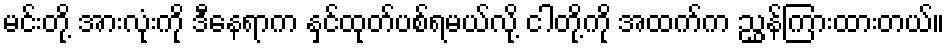
မင်းတို့ အားလုံးကို ဒီနေရာက နှင်ထုတ်ပစ်ရမယ်လို့ ငါတို့ကို အထက်က ညွှန်ကြားထားတယ်။